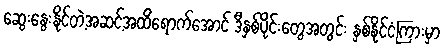
ဆွေးနွေးနိုင်တဲ့အဆင့်အထိရောက်အောင် ဒီနှစ်ပိုင်းတွေအတွင်း နှစ်နိုင်ငံကြားမှာ